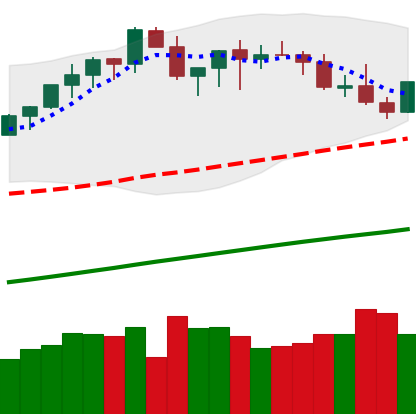
Ticker: BTC-USD
Chart end date: 2021-03-26
Forward return: 6.858%
Label: up_5_7